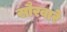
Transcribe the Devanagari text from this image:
सौरवारे